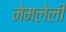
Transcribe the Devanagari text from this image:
नेमलेली